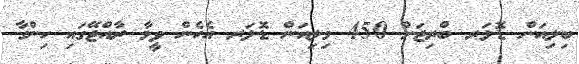
ބިލިއަން ޑޮލަރ ބްރިޖަށް 450 މިލިއަން ޑޮލަރ އެހެން ވީމާ ރާއްޖޭގައި ހިންގާ